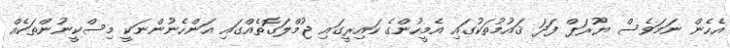
އެހެން ނަމަވެސް ޔޫރަޕް ފަދަ ޤައުމުތަކުގައި އެމީހުންގެ ކައިރީގައި ޖުމްލަގޮތެއްގައި އަންހެނުންނަކީ މިސްކީނުންތަކެއް